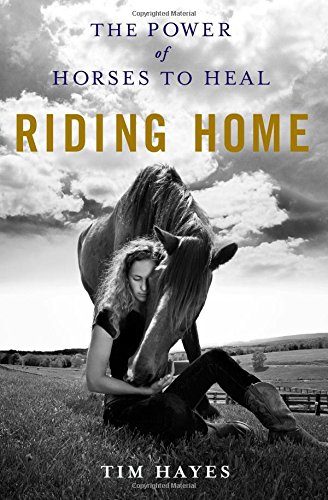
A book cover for Riding Home: The Power of Horses to Heal; Tim Hayes; Crafts, Hobbies & Home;